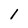
Character: 1